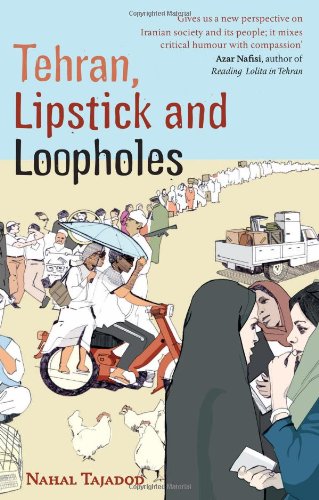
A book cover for Tehran, Lipstick and Loopholes; Nahal Tajadod; Travel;